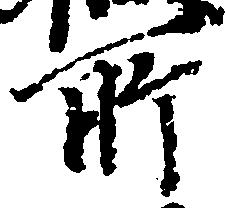
所